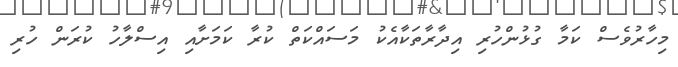
މިހާރުވެސް ކަމާ ގުޅުންހުރި އިދާރާތަކާއެކު މަސައްކަތް ކުރާ ކަމަށާއި އިސްލާހު ކުރަން ހުރި